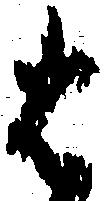
は